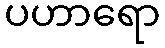
ပဟာရော